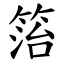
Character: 箈